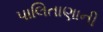
પાલિતાણાની